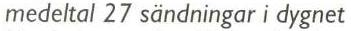
medeltal 27 sändningar i dygnet